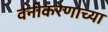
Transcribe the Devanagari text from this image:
वनीकरणाच्या